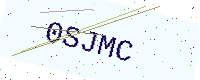
Text: 0SJMC